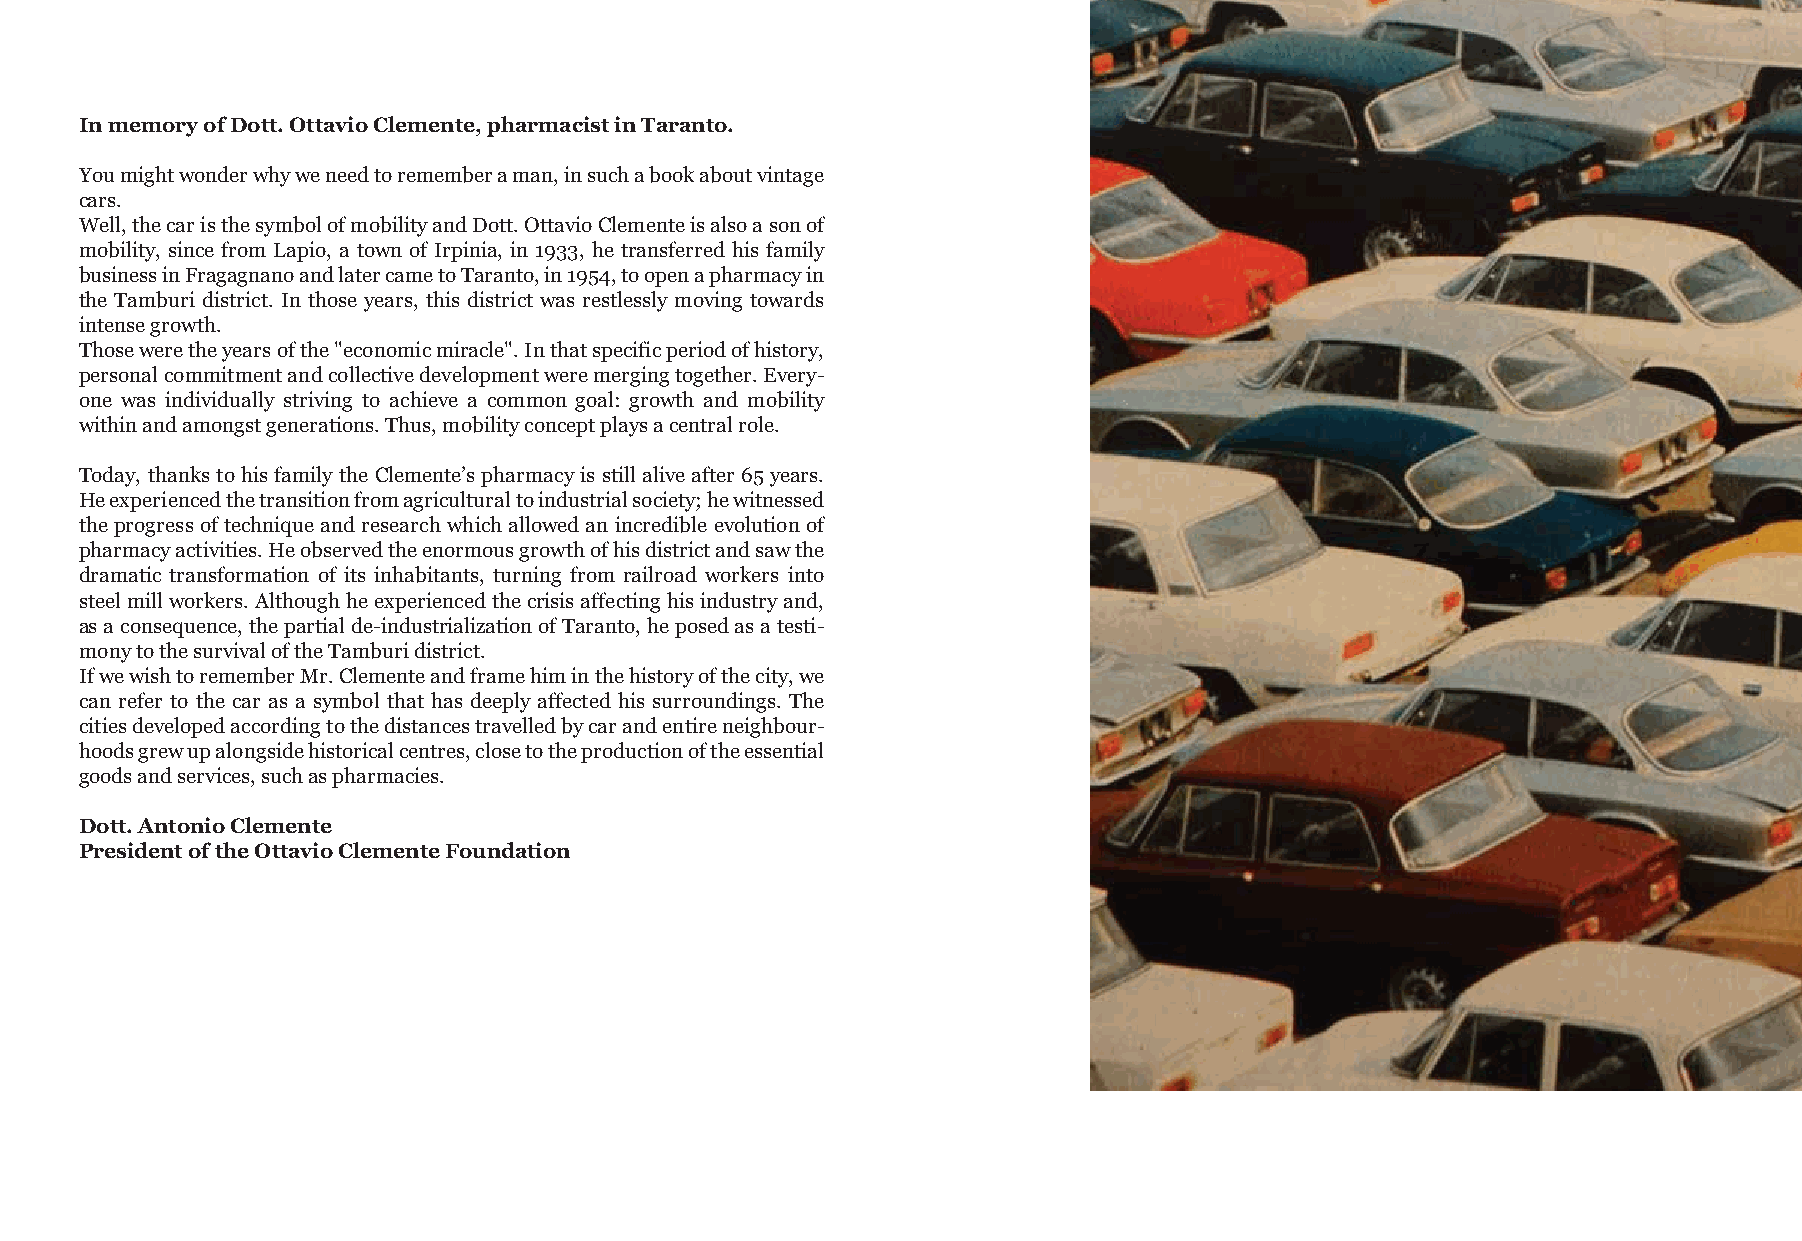
In memory of Dott. Ottavio Clemente, pharmacist in Taranto.
 You might wonder why we need to remember a man, in such a book about vintage
 cars.
 Well, the car is the symbol of mobility and Dott. Ottavio Clemente is also a son of
 mobility, since from Lapio, a town of Irpinia, in 1933, he transferred his family
 business in Fragagnano and later came to Taranto, in 1954, to open a pharmacy in
 the Tamburi district. In those years, this district was restlessly moving towards
 intense growth.
 Those were the years of the "economic miracle". In that specific period of history,
 personal commitment and collective development were merging together. Every-
 one was individually striving to achieve a common goal: growth and mobility
 within and amongst generations. Thus, mobility concept plays a central role.
 Today, thanks to his family the Clemente’s pharmacy is still alive after 65 years.
 He experienced the transition from agricultural to industrial society; he witnessed
 the progress of technique and research which allowed an incredible evolution of
 pharmacy activities. He observed the enormous growth of his district and saw the
 dramatic transformation of its inhabitants, turning from railroad workers into
 steel mill workers. Although he experienced the crisis affecting his industry and,
 as a consequence, the partial de-industrialization of Taranto, he posed as a testi-
 mony to the survival of the Tamburi district.
 If we wish to remember Mr. Clemente and frame him in the history of the city, we
 can refer to the car as a symbol that has deeply affected his surroundings. The
 cities developed according to the distances travelled by car and entire neighbour-
 hoods grew up alongside historical centres, close to the production of the essential
 goods and services, such as pharmacies.
 Dott. Antonio Clemente
 President of the Ottavio Clemente Foundation